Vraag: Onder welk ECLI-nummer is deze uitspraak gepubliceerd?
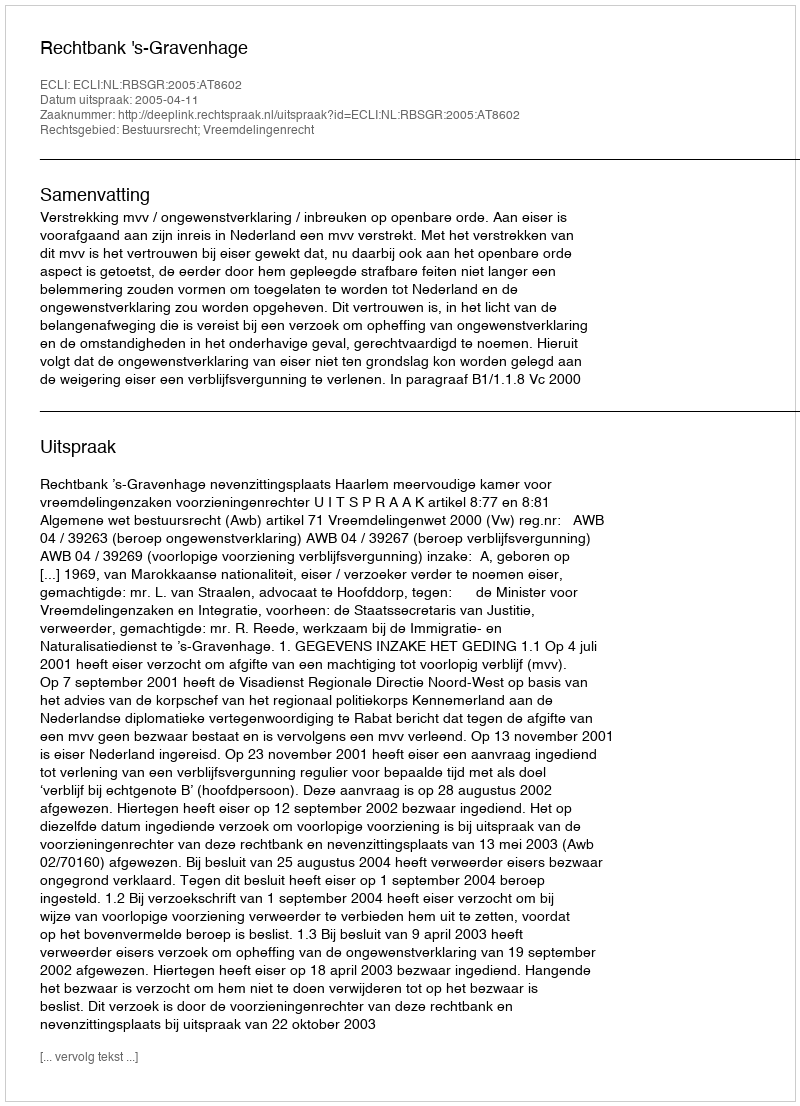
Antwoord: ECLI:NL:RBSGR:2005:AT8602